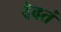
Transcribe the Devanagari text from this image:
दैवतं